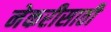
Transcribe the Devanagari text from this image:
नेकरीसाठी